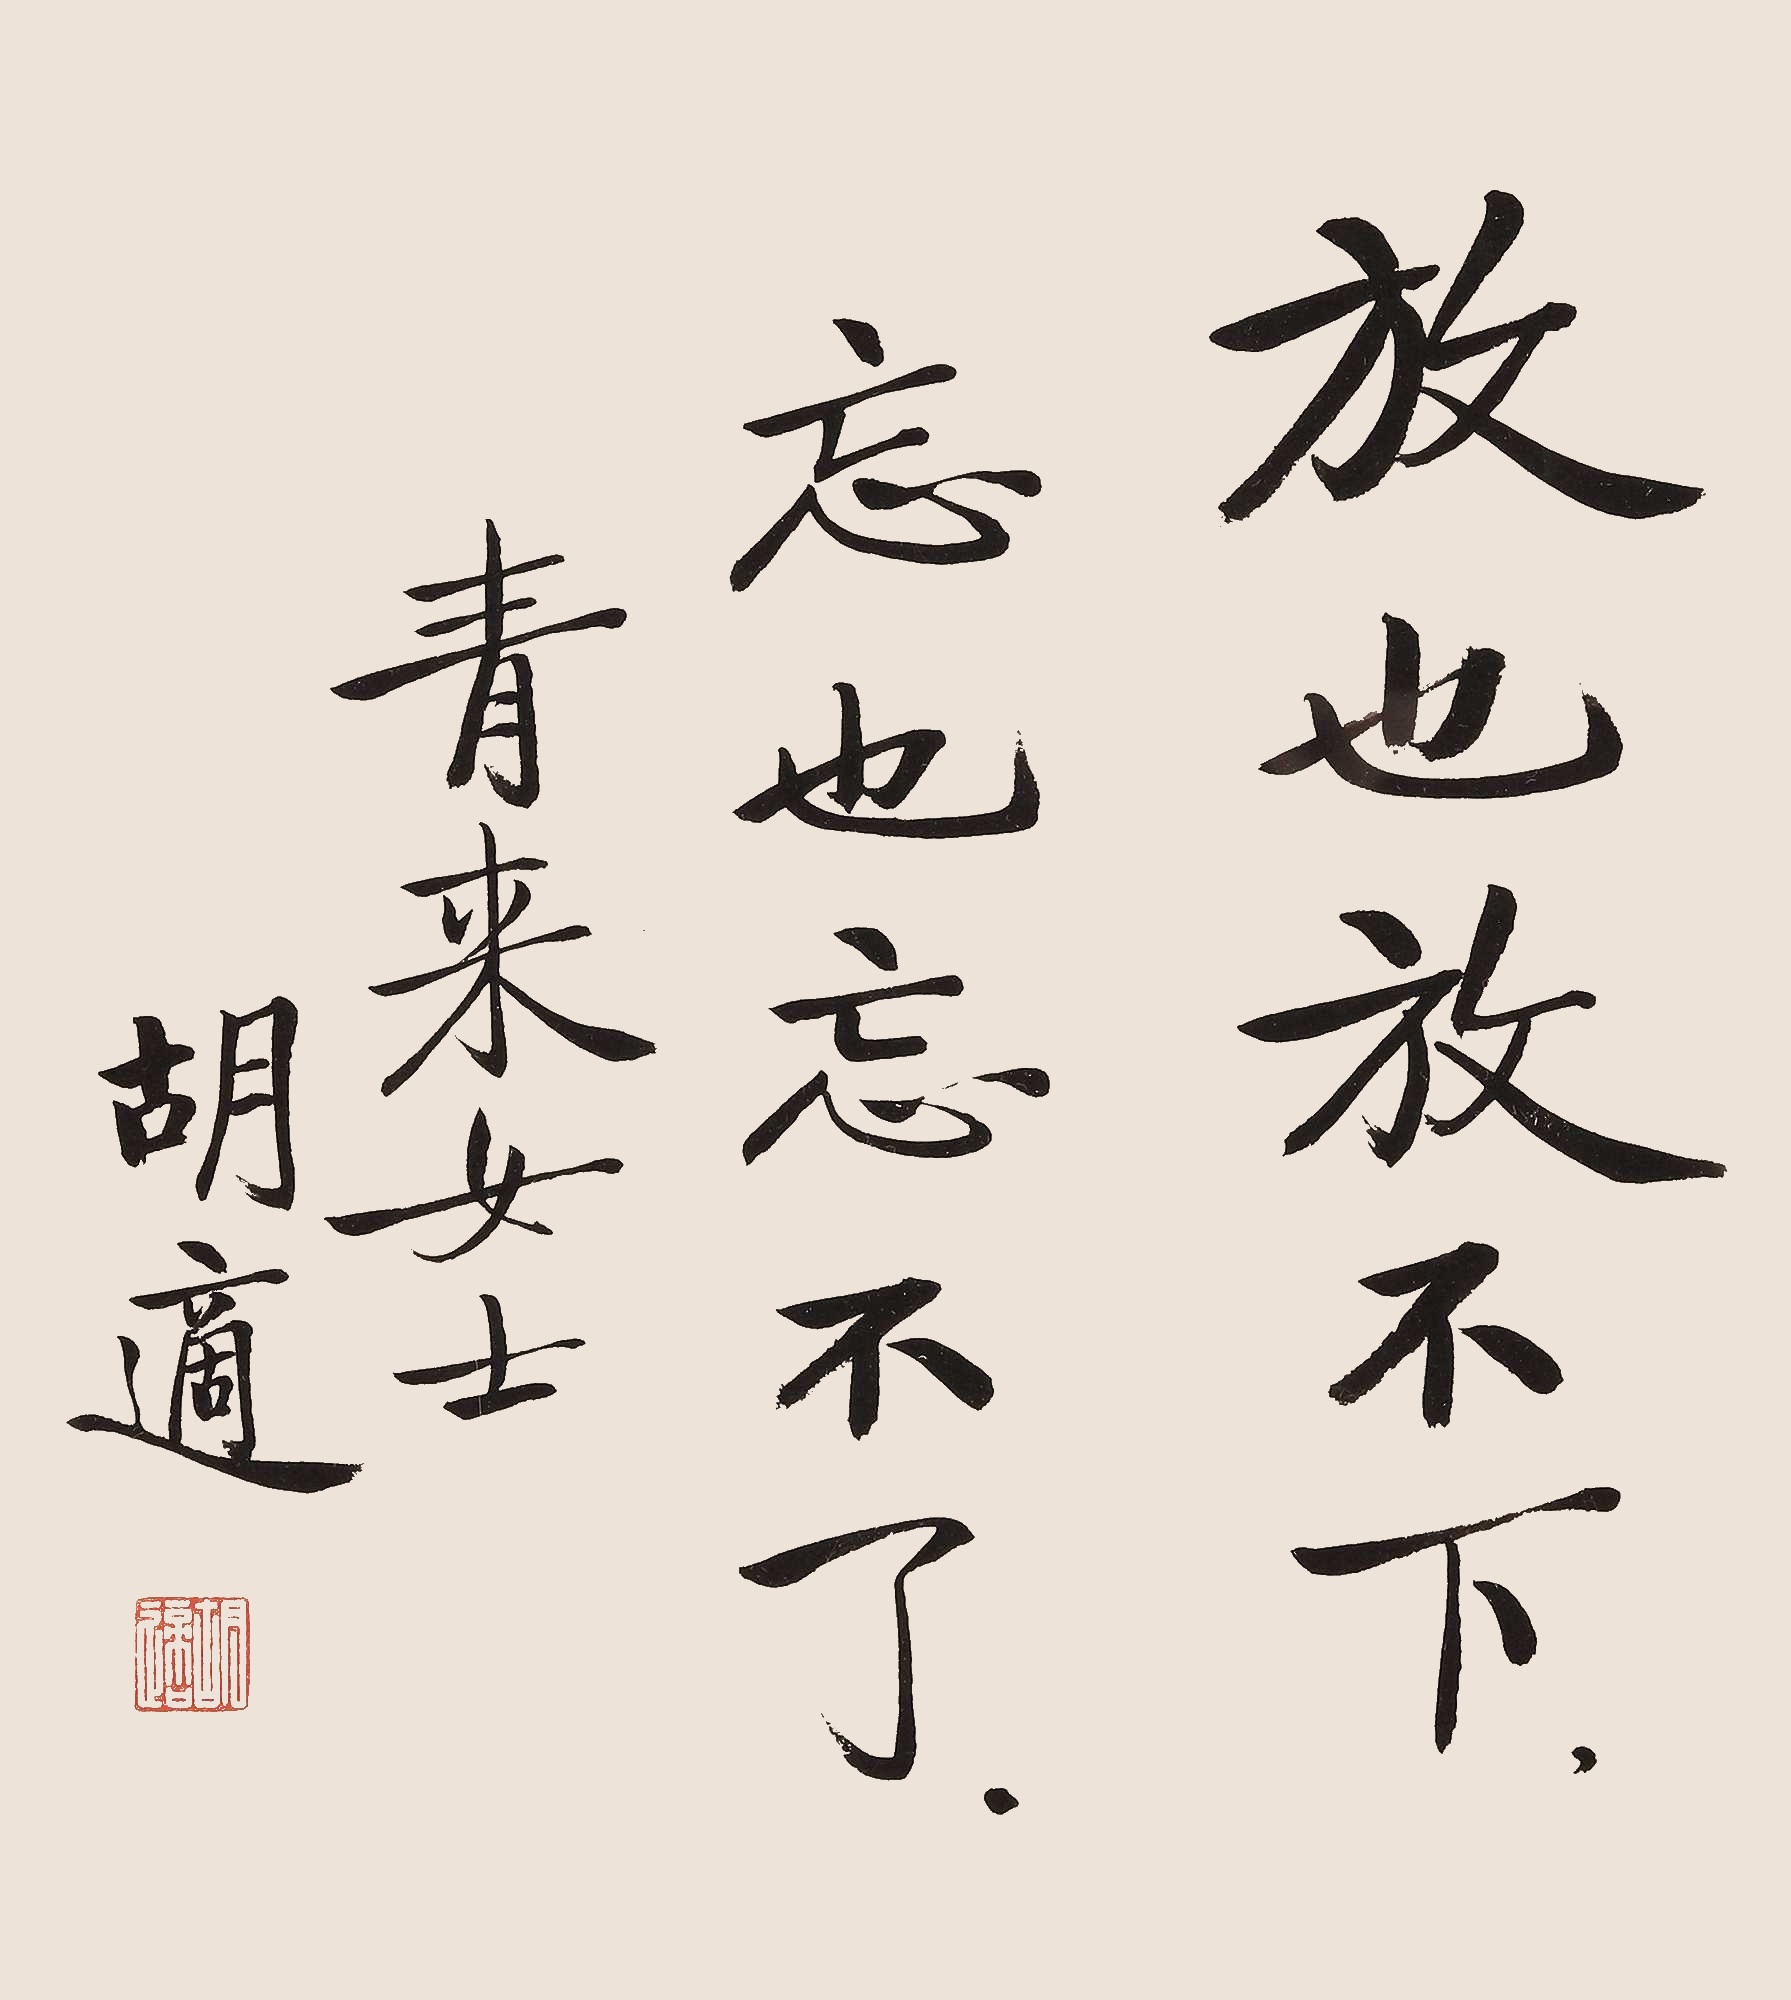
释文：放也放不下，忘也忘不了。青来女士，胡适。